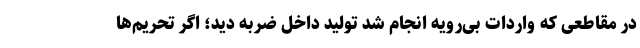
در مقاطعی که واردات بی‌رویه انجام شد تولید داخل ضربه دید؛ اگر تحریم‌ها